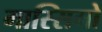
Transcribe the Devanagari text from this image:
मास्‍सिमो